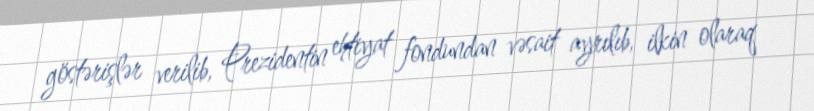
göstərişlər verilib, Prezidentin ehtiyat fondundan vəsait ayrılıb, ilkin olaraq